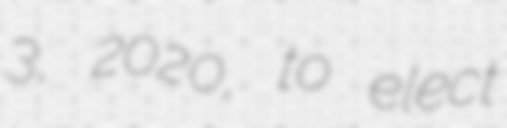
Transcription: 3, 2020, to elect